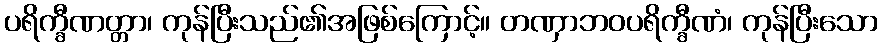
ပရိက္ခီဏတ္တာ၊ ကုန်ပြီးသည်၏အဖြစ်ကြောင့်။ တဏှာဘဝပရိက္ခီဏံ၊ ကုန်ပြီးသော